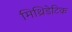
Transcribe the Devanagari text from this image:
मिथ्रिडेटिक